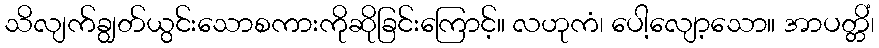
သိလျက်ချွတ်ယွင်းသောစကားကိုဆိုခြင်းကြောင့်။ လဟုကံ၊ ပေါ့လျော့သော။ အာပတ္တိံ၊